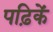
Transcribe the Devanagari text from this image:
पढ़िकें